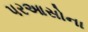
પરઆસોના